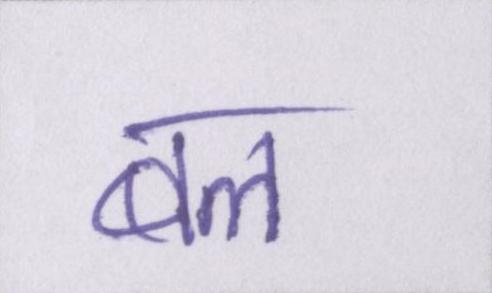
बल